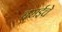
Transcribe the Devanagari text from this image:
वसईचे